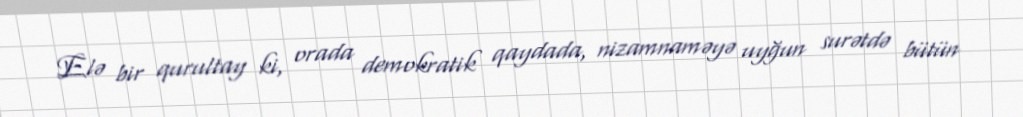
Elə bir qurultay ki, orada demokratik qaydada, nizamnaməyə uyğun surətdə bütün